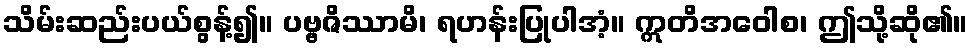
သိမ်းဆည်းပယ်စွန့်၍။ ပဗ္ဗဇိဿာမိ၊ ရဟန်းပြုပါအံ့။ ဣတိအဝေါစ၊ ဤသို့ဆို၏။